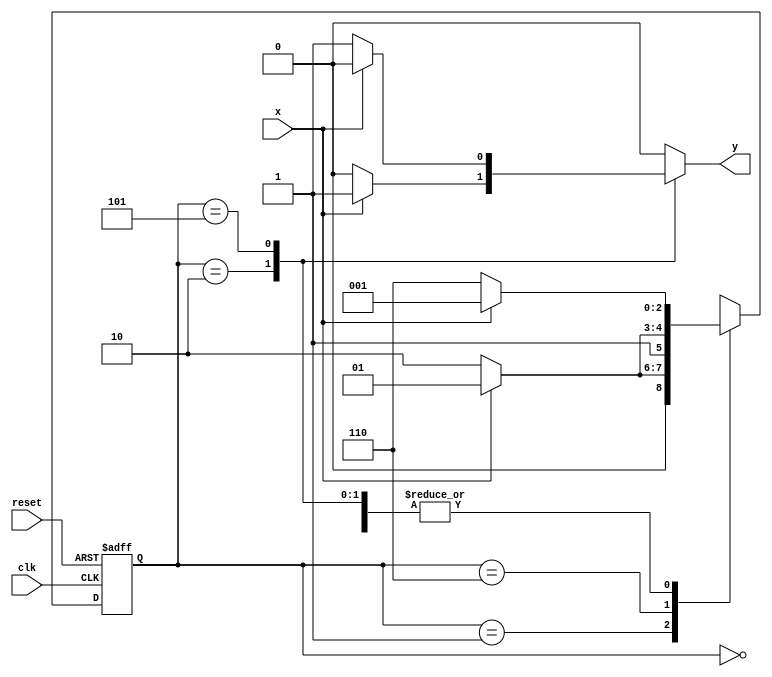
// ---------------------
// Guia 10 - Exercicio 05 - Mealy 
// Nome: Alyson Deives Pereira 416589
// ---------------------

`define found    1
`define notfound 0


module exercicio5 ( y, x, clk, reset );

	output y;
	input  x;
	input  clk;
	input  reset;

	reg    y;

	parameter     
		start  = 3'b000,
		id1    = 3'b001,
		id0    = 3'b110,
		id10   = 3'b010,
		id01   = 3'b101;

	reg [2:0] E1;
	reg [2:0] E2;	

	// next state logic
   always @( x or E1 )
		begin
		y = `notfound;

		case ( E1 )
			start:
				if ( x )
					E2 = id1;
				else
					E2 = id0;
				
			id1:
				if ( x )
					E2 = id1;
				else
					E2 = id10;

			id10:
				if ( x )
				begin
					E2 =  id1;
					y  = `found;
				end
				else
				begin
					E2 =  id0;
					y  = `notfound;
				end
			
			id0:
				if ( x )
					E2 = id01;
				else
					E2 = id0;

			id01:
				if ( x )
				begin
					E2 =  id1;
					y  = `notfound;
				end
				else
				begin
					E2 =  id0;
					y  = `found;
				end
	 
			default:   
				E2 =  3'bxxx;
		endcase
	  
		end 		

	
		always @( posedge clk or negedge reset )
		begin
			if ( reset )
				E1 = E2;    
							else
				E1 = 0;    
		end 

endmodule 

module Exercicio5;
	
	reg   clk, reset, x;
	wire  m1;

	exercicio5 M5( m1, x, clk, reset );

	initial
	begin
	$display ( "Ex_05 - Nome: Alyson Deives Pereira, Mat: 416589" );
   $display ( "Time     X   Ex_05" );




       clk   = 1;
       reset = 0;
       x     = 0;

	
		#10   reset = 1;
		#10  x = 1;
		#10  x = 0;
		#10  x = 0;
		#10  x = 1;
		#10  x = 0;
		#10  x = 0;
		#10  x = 1;
		#10  x = 0;
		#10  x = 1;
		#10  x = 0;
		#10  x = 0;
		#10  x = 1;
		#10  x = 1;
		#10  x = 0;
		#10  x = 1;
		#10  x = 0;
		#10  x = 0;
		#10  x = 0;
		
		#5 $finish;
	
	end 

	always
		#5 clk = ~clk;

	always @( posedge clk )
	begin
		$display ( "%4d \t%b\t%b", $time, x, m1);
		
	end
endmodule